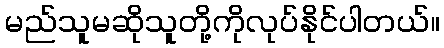
မည်သူမဆိုသူတို့ကိုလုပ်နိုင်ပါတယ်။